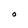
Character: O